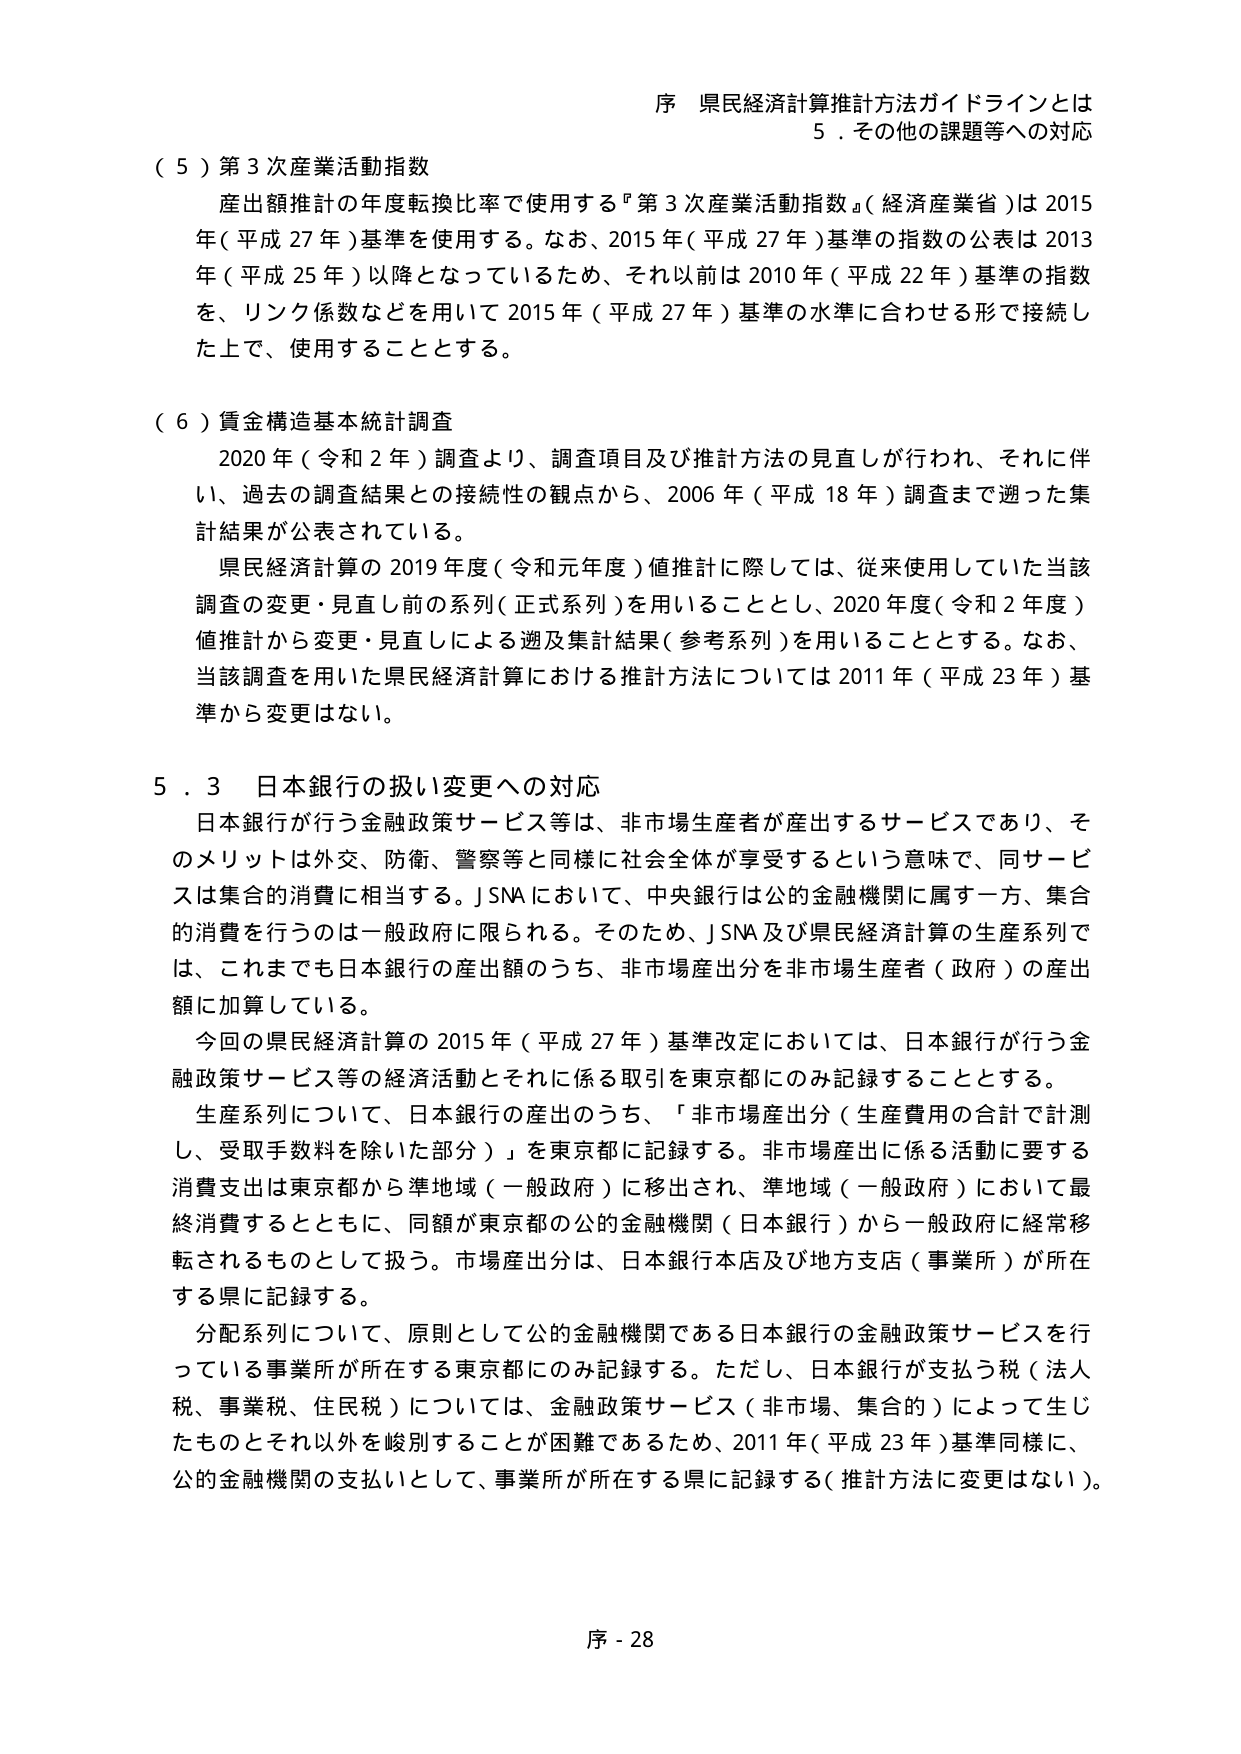
序 県民経済計算推計方法ガイドラインとは
５．その他の課題等への対応

（５）第３次産業活動指数
産出額推計の年度転換比率で使用する『第３次産業活動指数』（経済産業省）は2015年（平成27年）基準を使用する。なお、2015年（平成27年）基準の指数の公表は2013年（平成25年）以降となっているため、それ以前は2010年（平成22年）基準の指数を、リンク係数などを用いて2015年（平成27年）基準の水準に合わせる形で接続した上で、使用することとする。

（６）賃金構造基本統計調査
2020年（令和2年）調査より、調査項目及び推計方法の見直しが行われ、それに伴い、過去の調査結果との接続性の観点から、2006年（平成18年）調査まで遡った集計結果が公表されている。
県民経済計算の2019年度（令和元年度）値推計に際しては、従来使用していた当該調査の変更・見直し前の系列（正式系列）を用いることとし、2020年度（令和2年度）値推計から変更・見直しによる遡及集計結果（参考系列）を用いることとする。なお、当該調査を用いた県民経済計算における推計方法については2011年（平成23年）基準から変更はない。

５．３ 日本銀行の扱い変更への対応
日本銀行が行う金融政策サービス等は、非市場生産者が産出するサービスであり、そのメリットは外交、防衛、警察等と同様に社会全体が享受するという意味で、同サービスは集合的消費に相当する。J SNAにおいて、中央銀行は公的金融機関に属す一方、集合的消費を行うのは一般政府に限られる。そのため、J SNA及び県民経済計算の生産系列では、これまでも日本銀行の産出額のうち、非市場産出分を非市場生産者（政府）の産出額に加算している。
今回の県民経済計算の2015年（平成27年）基準改定においては、日本銀行が行う金融政策サービス等の経済活動とそれに係る取引を東京都にのみ記録することとする。
生産系列について、日本銀行の産出のうち、「非市場産出分（生産費用の合計で計測し、受取手数料を除いた部分）」を東京都に記録する。非市場産出に係る活動に要する消費支出は東京都から準地域（一般政府）に移出され、準地域（一般政府）において最終消費するとともに、同額が東京都の公的金融機関（日本銀行）から一般政府に経常移転されるものとして扱う。市場産出分は、日本銀行本店及び地方支店（事業所）が所在する県に記録する。
分配系列について、原則として公的金融機関である日本銀行の金融政策サービスを行っている事業所が所在する東京都にのみ記録する。ただし、日本銀行が支払う税（法人税、事業税、住民税）については、金融政策サービス（非市場、集合的）によって生じたものとそれ以外を峻別することが困難であるため、2011年（平成23年）基準同様に、公的金融機関の支払いとして、事業所が所在する県に記録する（推計方法に変更はない）。

序 - 28